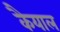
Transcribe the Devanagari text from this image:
कैयाल